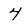
Character: 4